Lunatic asylums Bombay report 1891-1903 - 1891-1903
Year: 1891
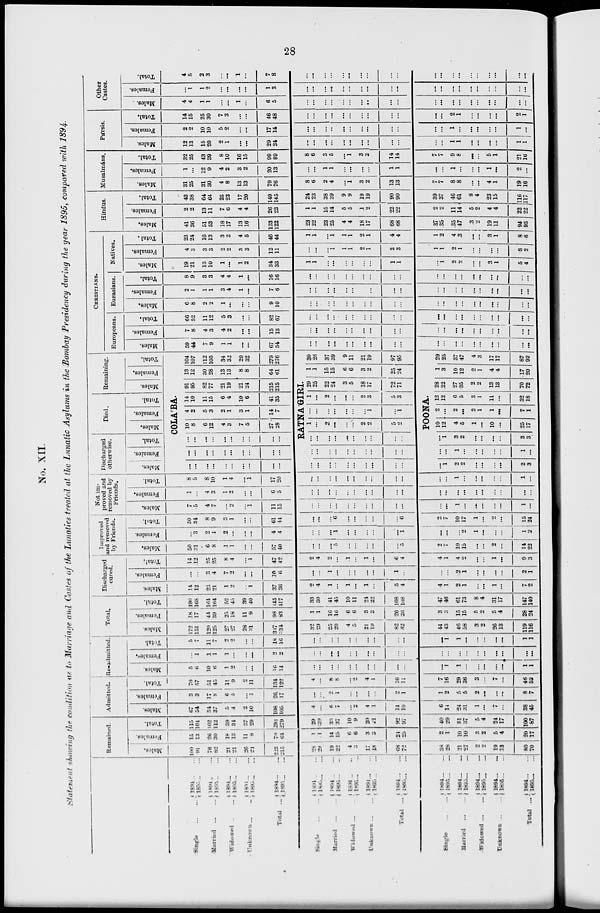
28
No. XII.
Statement showing the condition as to Marriage and Castes of the Lunatics treated at the Lunatic Asylums in the Bombay Presidency during the year 1895, compared with 1894.
Single
...
...
Married
...
...
Widowed
...
...
Unknown ... ...
Total ...
Single ... ...
Married
...
...
Widowed ... ...
Unknown
...
...
Total ...
Single
...
...
Married
...
...
Widowed
...
...
Unknown
...
...
Total ...
1894 ... ...
1895 ... ...
1894 ... ...
1895
...
...
1894 ... ...
1895
...
...
1894 ... ...
1895 ... ...
1894 ... ...
1895 ... ...
1894 ... ...
1895 ... ...
1894 ... ...
1895 ... ...
1894 ... ...
1895 ... ...
1894 ... ...
1895 ... ...
1894 ... ...
1895 ... ...
1894 ... ...
1895 ... ...
1894 ... ...
1895 ... ...
1894 ... ...
1895 ... ...
1894 ... ...
1895 ... ...
1894 ... ...
1895 ... ...
Remained.
Males.
100
91
76
82
21
21
26
21
223
215
28
29
19
22
4
3
17
18
68
72
38
28
21
27
2
2
19
13
80
70
Females.
15
13
26
30
18
13
11
8
70
64
1
1
14
15
6
6
3
3
24
25
2
1
10
10
3
2
5
4
20
17
Total.
115
104
102
112
39
34
37
29
293
279
29
29
33
37
10
9
20
21
92
97
40
29
31
37
5
4
24
17
100
67
Admitted.
Males.
67
54
34
37
5
4
2
10
108
105
4
...
6
7
...
2
4
1
14
10
6
14
24
31
1
...
7
...
38
45
Females.
3
3
17
8
6
5
...
1
26
17
...
...
2
1
...
...
...
...
2
1
1
2
5
5
2
...
...
...
8
7
Total.
70
57
51
45
11
9
2
11
134
122
4
...
8
8
...
2
4
1
16
11
7
16
29
36
3
...
7
...
46
52
Re-admitted.
Males.
5
6
10
6
1
2
...
...
16
14
...
...
...
...
...
...
...
...
...
...
...
1
1
...
...
...
...
...
1
1
Females.
...
1
1
1
1
...
...
...
2
2
...
...
...
...
...
...
...
...
...
...
...
...
...
...
...
...
...
...
...
—
Total.
5
7
11
7
2
2
...
...
18
16
...
...
...
...
...
...
...
...
...
...
...
1
1
...
...
...
...
...
1
1
Total.
Males.
172
151
120
125
27
27
28
31
347
334
32
29
25
29
4
5
21
19
82
82
44
43
46
58
3
2
26
13
119
116
Females.
18
17
44
39
25
18
11
9
98
83
1
1
16
16
6
6
3
3
26
26
3
3
15
15
5
2
5
4
28
24
Total.
190
168
164
164
52
45
39
40
145
417
33
30
41
45
10
11
24
22
108
108
47
46
61
73
8
4
31
17
147
140
Discharged
cured.
Males.
14
12
22
21
1
2
...
1
37
36
2
4
1
...
1
...
1
...
5
4
4
1
2
1
...
...
1
...
7
2
Females.
...
...
3
4
7
2
...
...
10
6
...
...
1
...
...
...
...
...
1
...
...
...
2
1
...
...
...
...
2
1
Total.
14
12
25
25
8
4
...
1
47
42
2
4
2
...
1
...
1
...
6
4
4
1
4
2
...
...
1
...
9
3
Improved
land removed
by Friends.
Males.
50
31
6
8
1
1
...
...
57
40
...
...
...
5
...
...
...
...
...
5
2
7
10
15
...
...
2
...
14
22
Females.
...
3
2
1
2
...
...
...
4
4
...
...
...
1
...
...
...
...
...
1
...
...
...
2
1
...
...
...
1
1
Total.
50
34
8
9
3
1
...
...
61
44
...
...
...
6
...
...
...
...
...
6
2
7
10
17
1
...
2
...
15
24
Not im-
proved and
removed by
Friends.
Males.
7
5
4
7
...
2
...
1
11
15
...
...
...
...
...
...
...
...
...
...
...
...
1
...
...
...
...
...
1
...
Females.
1
...
4
3
1
2
...
...
6
5
...
...
...
...
...
...
...
...
...
...
...
...
...
...
...
...
...
...
...
...
Total.
8
5
8
10
1
4
...
1
17
20
...
...
...
...
...
...
...
...
...
...
...
...
1
...
...
...
...
...
1
...
Discharged
otherwise.
Males.
Females.
Total.
Died.
Males.
Females.
Total.
Remaining.
Males.
Females.
Total.
COLA'BA.
...
...
...
...
...
...
...
...
...
...
...
...
...
...
...
...
...
...
...
...
...
...
...
...
...
...
...
...
...
10
8
6
12
4
3
7
5
27
28
4
2
5
3
2
1
3
1
14
7
14
10
11
15
6
4
10
6
41
35
91
95
82
77
21
19
21
24
215
215
13
12
30
28
13
13
8
8
64
61
104
107
112
105
34
32
29
32
279
276
RATNA'GIRI.
...
...
...
...
...
...
...
...
...
...
...
...
...
...
...
...
...
...
...
...
...
...
...
...
...
...
...
...
...
...
1
...
2
...
...
...
2
2
5
2
...
...
...
...
...
...
1
...
1
1
...
2
...
...
...
2
3
5
3
29
25
22
24
3
5
18
17
72
71
1
1
15
15
6
6
3
2
25
24
30
26
37
39
9
11
21
19
97
95
POONA.
...
1
2
2
...
...
...
...
2
3
...
...
1
...
...
...
...
...
1
...
...
1
3
2
...
...
...
...
3
3
10
12
4
5
1
...
10
...
25
17
2
...
2
...
2
1
1
...
7
1
12
12
6
5
3
1
11
...
32
18
28
22
27
35
2
2
13
13
70
72
1
3
10
12
2
1
4
4
17
20 |
29
25
37
47
4
3
17
17
87
92
CHRISTIANS.
Europeans.
Males.
59
44
7
9
1
1
...
...
67
54
...
...
...
...
...
...
...
...
...
...
...
...
...
...
...
...
...
...
...
...
Females.
7
8
4
3
4
2
...
...
15
13
...
...
...
...
...
...
...
...
...
...
...
...
...
...
...
...
...
...
...
...
Total.
66
52
11
12
5
3
...
...
82
67
...
...
...
...
...
...
...
...
...
...
...
...
...
...
...
...
...
...
...
...
Eurasians.
Males.
6
8
2
2
1
...
...
...
9
10
...
...
...
...
...
...
...
...
...
...
...
...
...
...
...
...
...
...
...
...
Females.
2
1
1
1
3
4
1
...
7
6
...
...
...
...
...
...
...
...
...
...
...
...
...
...
...
...
...
...
...
...
Total.
8
9
3
3
4
4
1
...
16
16
...
...
...
...
...
...
...
...
...
...
...
...
...
...
...
...
...
...
...
...
Natives.
Males.
19
21
13
10
1
...
1
2
34
33
1
1
...
...
...
...
...
...
1
1
...
1
2
2
...
...
3
1
5
4
Females.
4
3
3
3
2
2
3
3
12
11
...
...
...
1
1
1
2
1
3
3
1
1
2
1
...
...
...
...
3
2
Total.
23
24
16
13
3
2
4
5
46
44
1
1
...
1
1
1
2
1
4
4
1
2
4
3
...
...
3
1
8
6
Hindus.
Males.
41
36
51
53
18
17
13
16
123
122
23
22
23
25
4
4
18
17
68
68
37
35
35
47
3
2
19
11
94
95
Females.
2
2
13
11
7
6
4
4
26
23
1
1
15
14
5
5
1
2
22
22
2
2
11
14
5
2
4
4
22
22
Total.
43
38
64
64
25
23
17
20
149
145
24
23
38
39
9
9
19
19
90
90
39
37
46
61
8
4
23
15
16
17
Musalmáns.
Males.
31
25
31
30
4
8
13
13
79
76
8
6
2
4
...
1
3
2
13
13
7
7
8
8
...
...
4
1
19
16
Females.
1
...
12
9
4
2
3
2
20
13
...
...
1
1
...
...
...
...
1
1
...
...
1
...
...
...
1
...
2
...
Total.
32
25
43
39
8
10
16
15
99
89
8
6
3
5
...
1
3
2
14
14
7
7
9
8
...
...
5
1
21
16
Pársis.
Males.
12
13
15
20
2
1
...
...
29
34
...
...
...
...
...
...
...
...
...
...
...
...
1
1
...
...
...
...
1
1
Females.
2
2
10
10
5
2
...
...
17
14
...
...
...
...
...
...
...
...
...
...
...
...
1
...
...
...
...
...
1
...
Total.
14
15
25
30
7
3
...
...
46
48
...
...
...
...
...
...
...
...
...
...
...
...
2
1
...
...
...
...
2
1
Other
Castes.
Males..
4
4
1
1
...
...
1
...
6
5
...
...
...
...
...
...
...
...
...
...
...
...
...
...
...
...
...
...
...
...
Females.
...
1
1
2
...
...
...
...
1
3
...
...
...
...
...
...
...
...
...
...
...
...
...
...
...
...
...
...
...
Total.
4
5
2
3
...
...
1
...
7
8
...
...
...
...
...
...
...
...
...
...
...
...
...
...
...
...
...
...
...